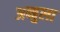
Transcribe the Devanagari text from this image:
अब्बुला